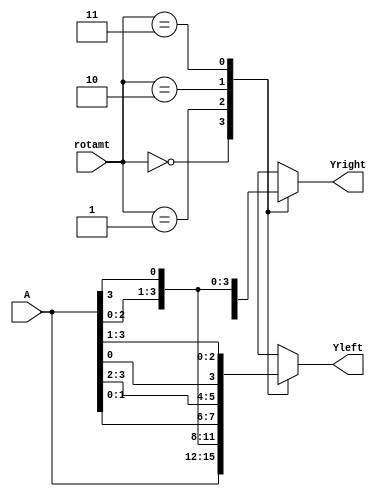
module fourBit_Rot (A, rotamt, Yleft, Yright);
	
	parameter N = 4;
	input [(N-1):0] A;
	input [1:0] rotamt;
	output reg [(N-1):0] Yleft, Yright;

	// Left rotate
	always @(A or rotamt) begin
		case(rotamt)
			2'b00: // 0_bit rotation
				Yleft <= A;
			2'b01: // 1_bit rotation
				Yleft <= {A[(N-2):0], A[(N-1)]};
			2'b10: // 2_bit rotation
				Yleft <= {A[(N-3):0], A[(N-1):(N-2)]};
			2'b11: // 3_bit rotation
				Yleft <= {A[(N-4):0], A[(N-1):(N-3)]};
			default:
				Yleft <= A;
		endcase
	end

	// Right rotate
	always @(A or rotamt) begin
		case(rotamt)
			2'b00: // 0_bit rotation
				Yright <= A;
			2'b01: // 1_bit rotation
				Yright <= {A[0], A[(N-1):1]};
			2'b10: // 2_bit rotation
				Yright <= {A[1:0], A[(N-1):2]};
			2'b11: // 3_bit rotation
				Yright <= {A[2:0], A[(N-1):3]};
			default:
				Yright <= A;
		endcase
	end

endmodule